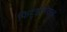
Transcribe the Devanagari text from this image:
फिट्झजेराल्ड